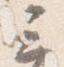
云